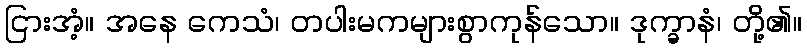
ငြားအံ့။ အနေ ကေသံ၊ တပါးမကများစွာကုန်သော။ ဒုက္ခာနံ၊ တို့၏။